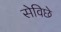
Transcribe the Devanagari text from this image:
सेविछे